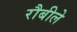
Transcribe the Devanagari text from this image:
रौबीले